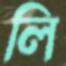
লি